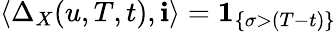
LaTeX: \langle\Delta_{X}(u,T,t),\mathbf{i}\rangle=\mathbf{1}_{\left\{ \sigma>(T-t)\right\} }